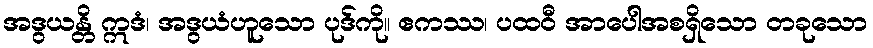
အဒွယန္တိ ဣဒံ၊ အဒွယံဟူသော ပုဒ်ကို။ ဧကဿ၊ ပထဝီ အာပေါအစရှိသော တခုသော